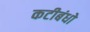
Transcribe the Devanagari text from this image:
कटीबंधो